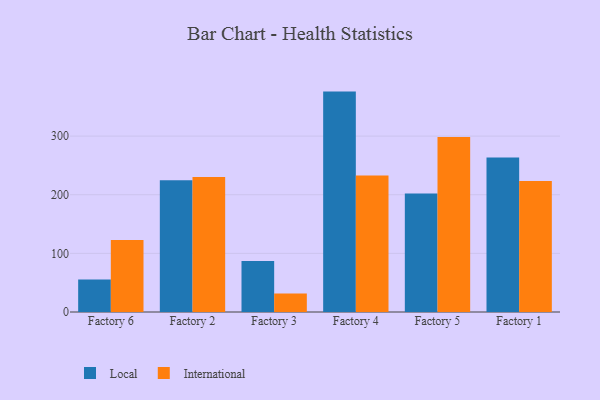
{"axis": {"x": "Factory", "y": "Temperature (°C)"}, "legend": ["International", "Local"], "data": [{"x": "Factory 6", "y": 55.3, "type": "Local"}, {"x": "Factory 6", "y": 122.6, "type": "International"}, {"x": "Factory 2", "y": 224.6, "type": "Local"}, {"x": "Factory 2", "y": 230.1, "type": "International"}, {"x": "Factory 3", "y": 87.1, "type": "Local"}, {"x": "Factory 3", "y": 31.5, "type": "International"}, {"x": "Factory 4", "y": 375.9, "type": "Local"}, {"x": "Factory 4", "y": 233.0, "type": "International"}, {"x": "Factory 5", "y": 202.0, "type": "Local"}, {"x": "Factory 5", "y": 298.4, "type": "International"}, {"x": "Factory 1", "y": 263.3, "type": "Local"}, {"x": "Factory 1", "y": 223.4, "type": "International"}]}